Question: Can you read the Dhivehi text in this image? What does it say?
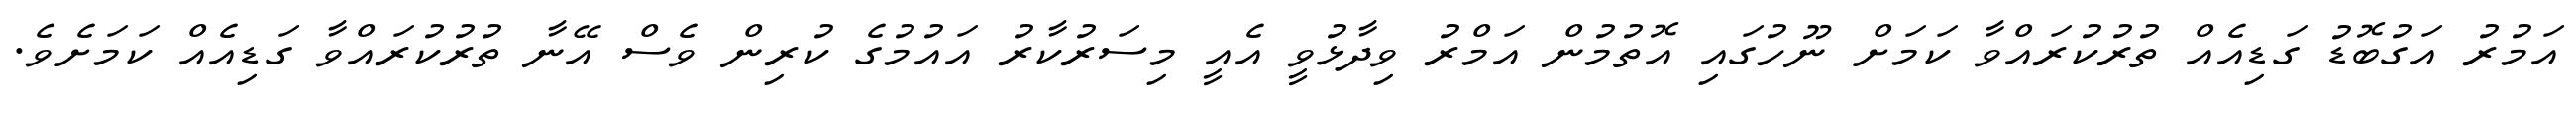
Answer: އަމުރު އަގުބޮޑު ގަޑިއެއް ތުރުކުރައްވާ ކަމަށް ނޫހުގައި އޮތުމުން އަމްރު ވިދާޅުވީ އެއީ މިސަރުކާރު އައުމުގެ ކުރިން ވެސް އޭނާ ތުރުކުރައްވާ ގަޑިއެއް ކަމަށެވެ.